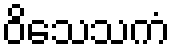
ဝိသေသကံ